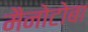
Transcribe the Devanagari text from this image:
मैनोटोबा